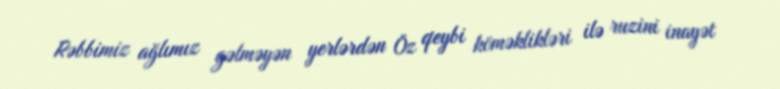
Rəbbimiz ağlımız gəlməyən yerlərdən Öz qeybi köməklikləri ilə ruzini inayət